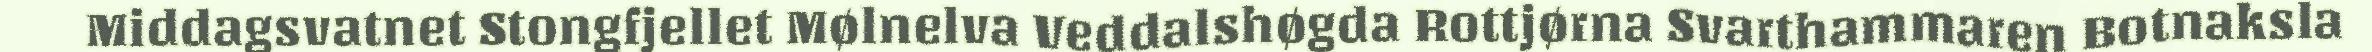
Middagsvatnet Stongfjellet Mølnelva Veddalshøgda Rottjørna Svarthammaren Botnaksla